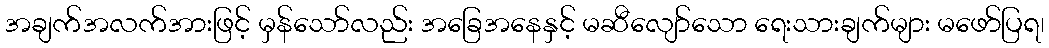
အချက်အလက်အားဖြင့် မှန်သော်လည်း အခြေအနေနှင့် မဆီလျော်သော ရေးသားချက်များ မဖော်ပြရ၊